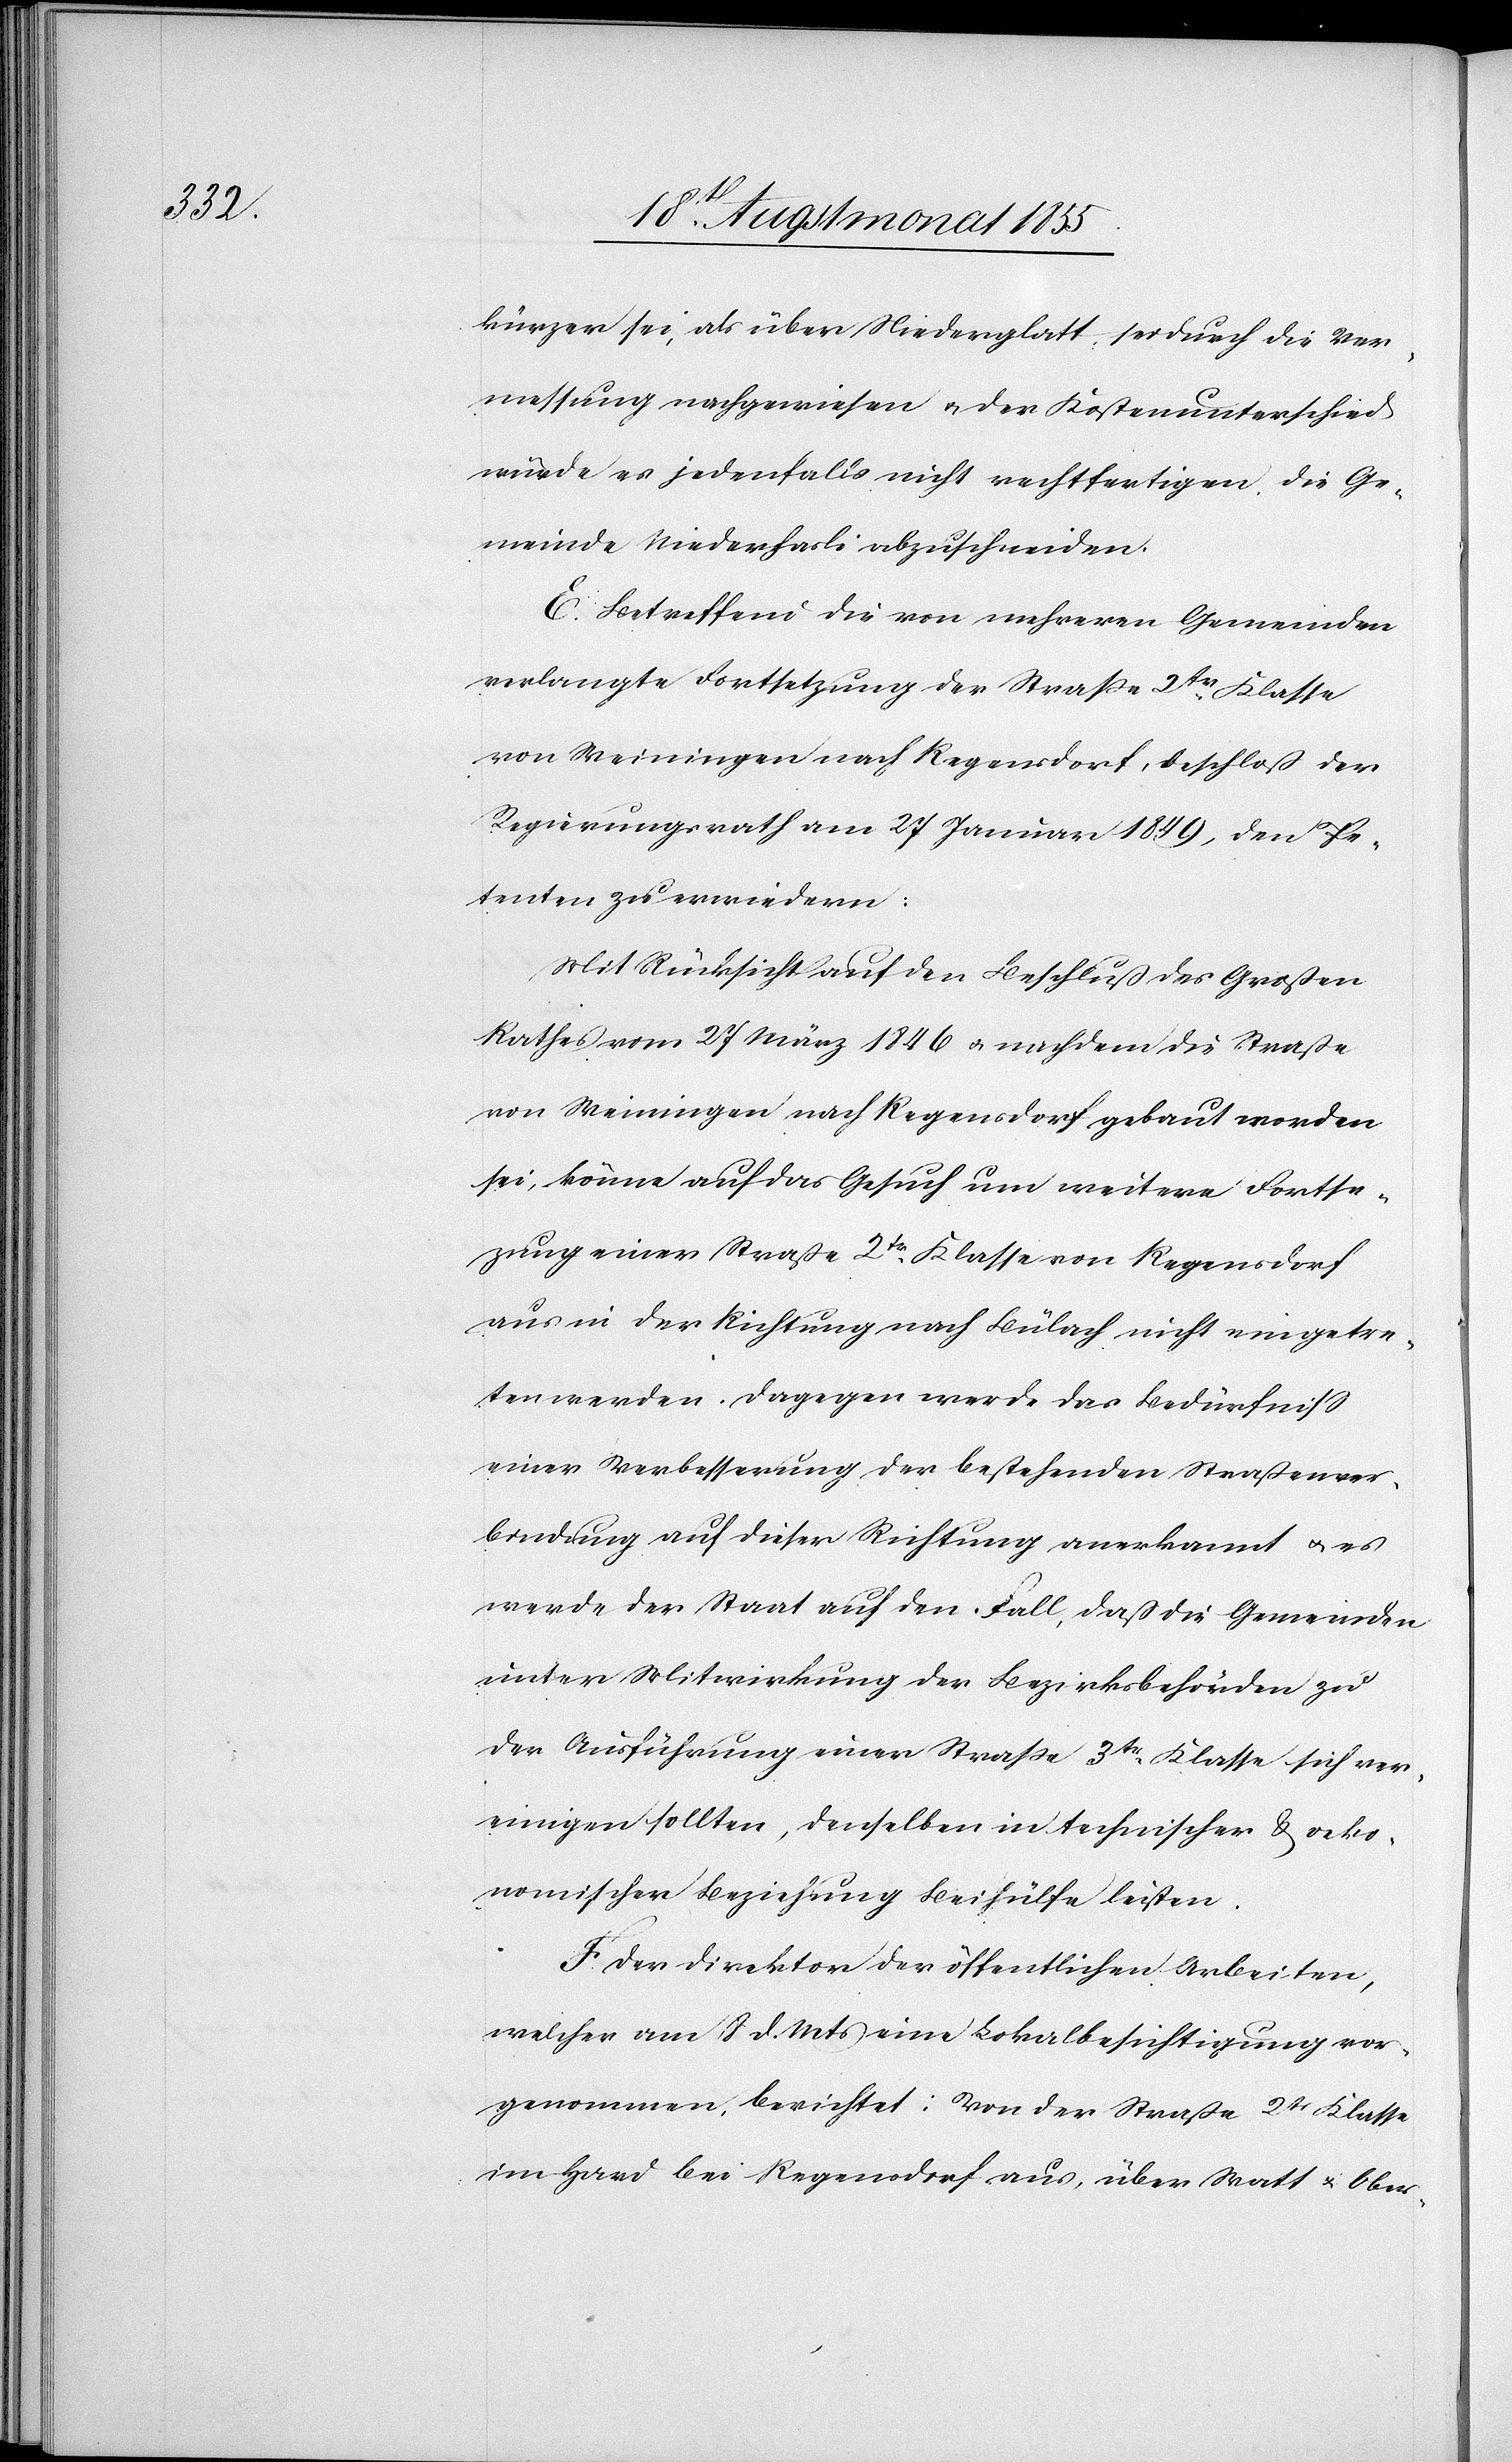
kürzer sei, als über Niederglatt, sei durch die Ver¬
messung nachgewiesen & der Kostenunterschied
würde es jedenfalls nicht rechtfertigen, die Ge¬
meinde Niederhasli abzuschneiden.
E. Betreffend die von mehreren Gemeinden
verlangte Fortsetzung der Straße 2tr. Klasse
von Weiningen nach Regensdorf, beschloß der
Regierungsrath am 27 Januar 1849, den Pe¬
tenten zu erwiedern:
Mit Rücksicht auf den Beschluß des Großen
Rathes vom 27 März 1846 & nachdem die Straße
von Weiningen nach Regensdorf gebaut worden
sei, könne auf das Gesuch um weitere Fortse¬
zung einer Straße 2tr. Klasse von Regensdorf
aus in der Richtung nach Bülach nicht eingetre¬
ten werden. Dagegen werde das Bedürfniss
einer Verbesserung der bestehenden Straßenver¬
bindung auf dieser Richtung anerkannt & es
werde der Staat auf den Fall, daß die Gemeinden
unter Mitwirkung der Bezirksbehörden zu
der Ausführung einer Straße 3tr. Klasse sich ver¬
einigen sollten, denselben in technischer & oeko¬
nomischer Beziehung Beihülfe leisten.
F. Der Direktor der öffentlichen Arbeiten,
welcher am 8 d. Mts eine Lokalbesichtigung vor¬
genommen, berichtet: Von der Straße 2tr Klasse
im Hard bei Regensdorf aus, über Watt & Ober-